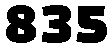
835